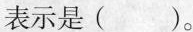
表示是( )。